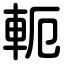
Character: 軛